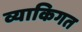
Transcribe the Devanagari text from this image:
व्याकिगत